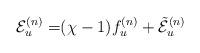
LaTeX: \begin{align*} \mathcal{E}_u^{(n)} =&(\chi-1)f_u^{(n)}+\mathcal{\tilde E}_u^{(n)}\end{align*}